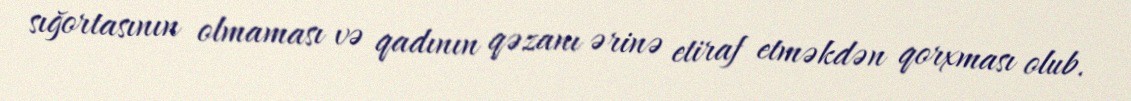
sığortasının olmaması və qadının qəzanı ərinə etiraf etməkdən qorxması olub.